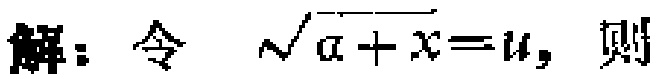
解：令 $\sqrt{a + x}=u$，则